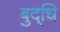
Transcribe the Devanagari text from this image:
बुद्‌धि